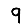
Digit: 9